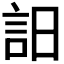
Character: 𧥵